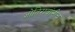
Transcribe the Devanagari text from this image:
जोतिरावांनीच